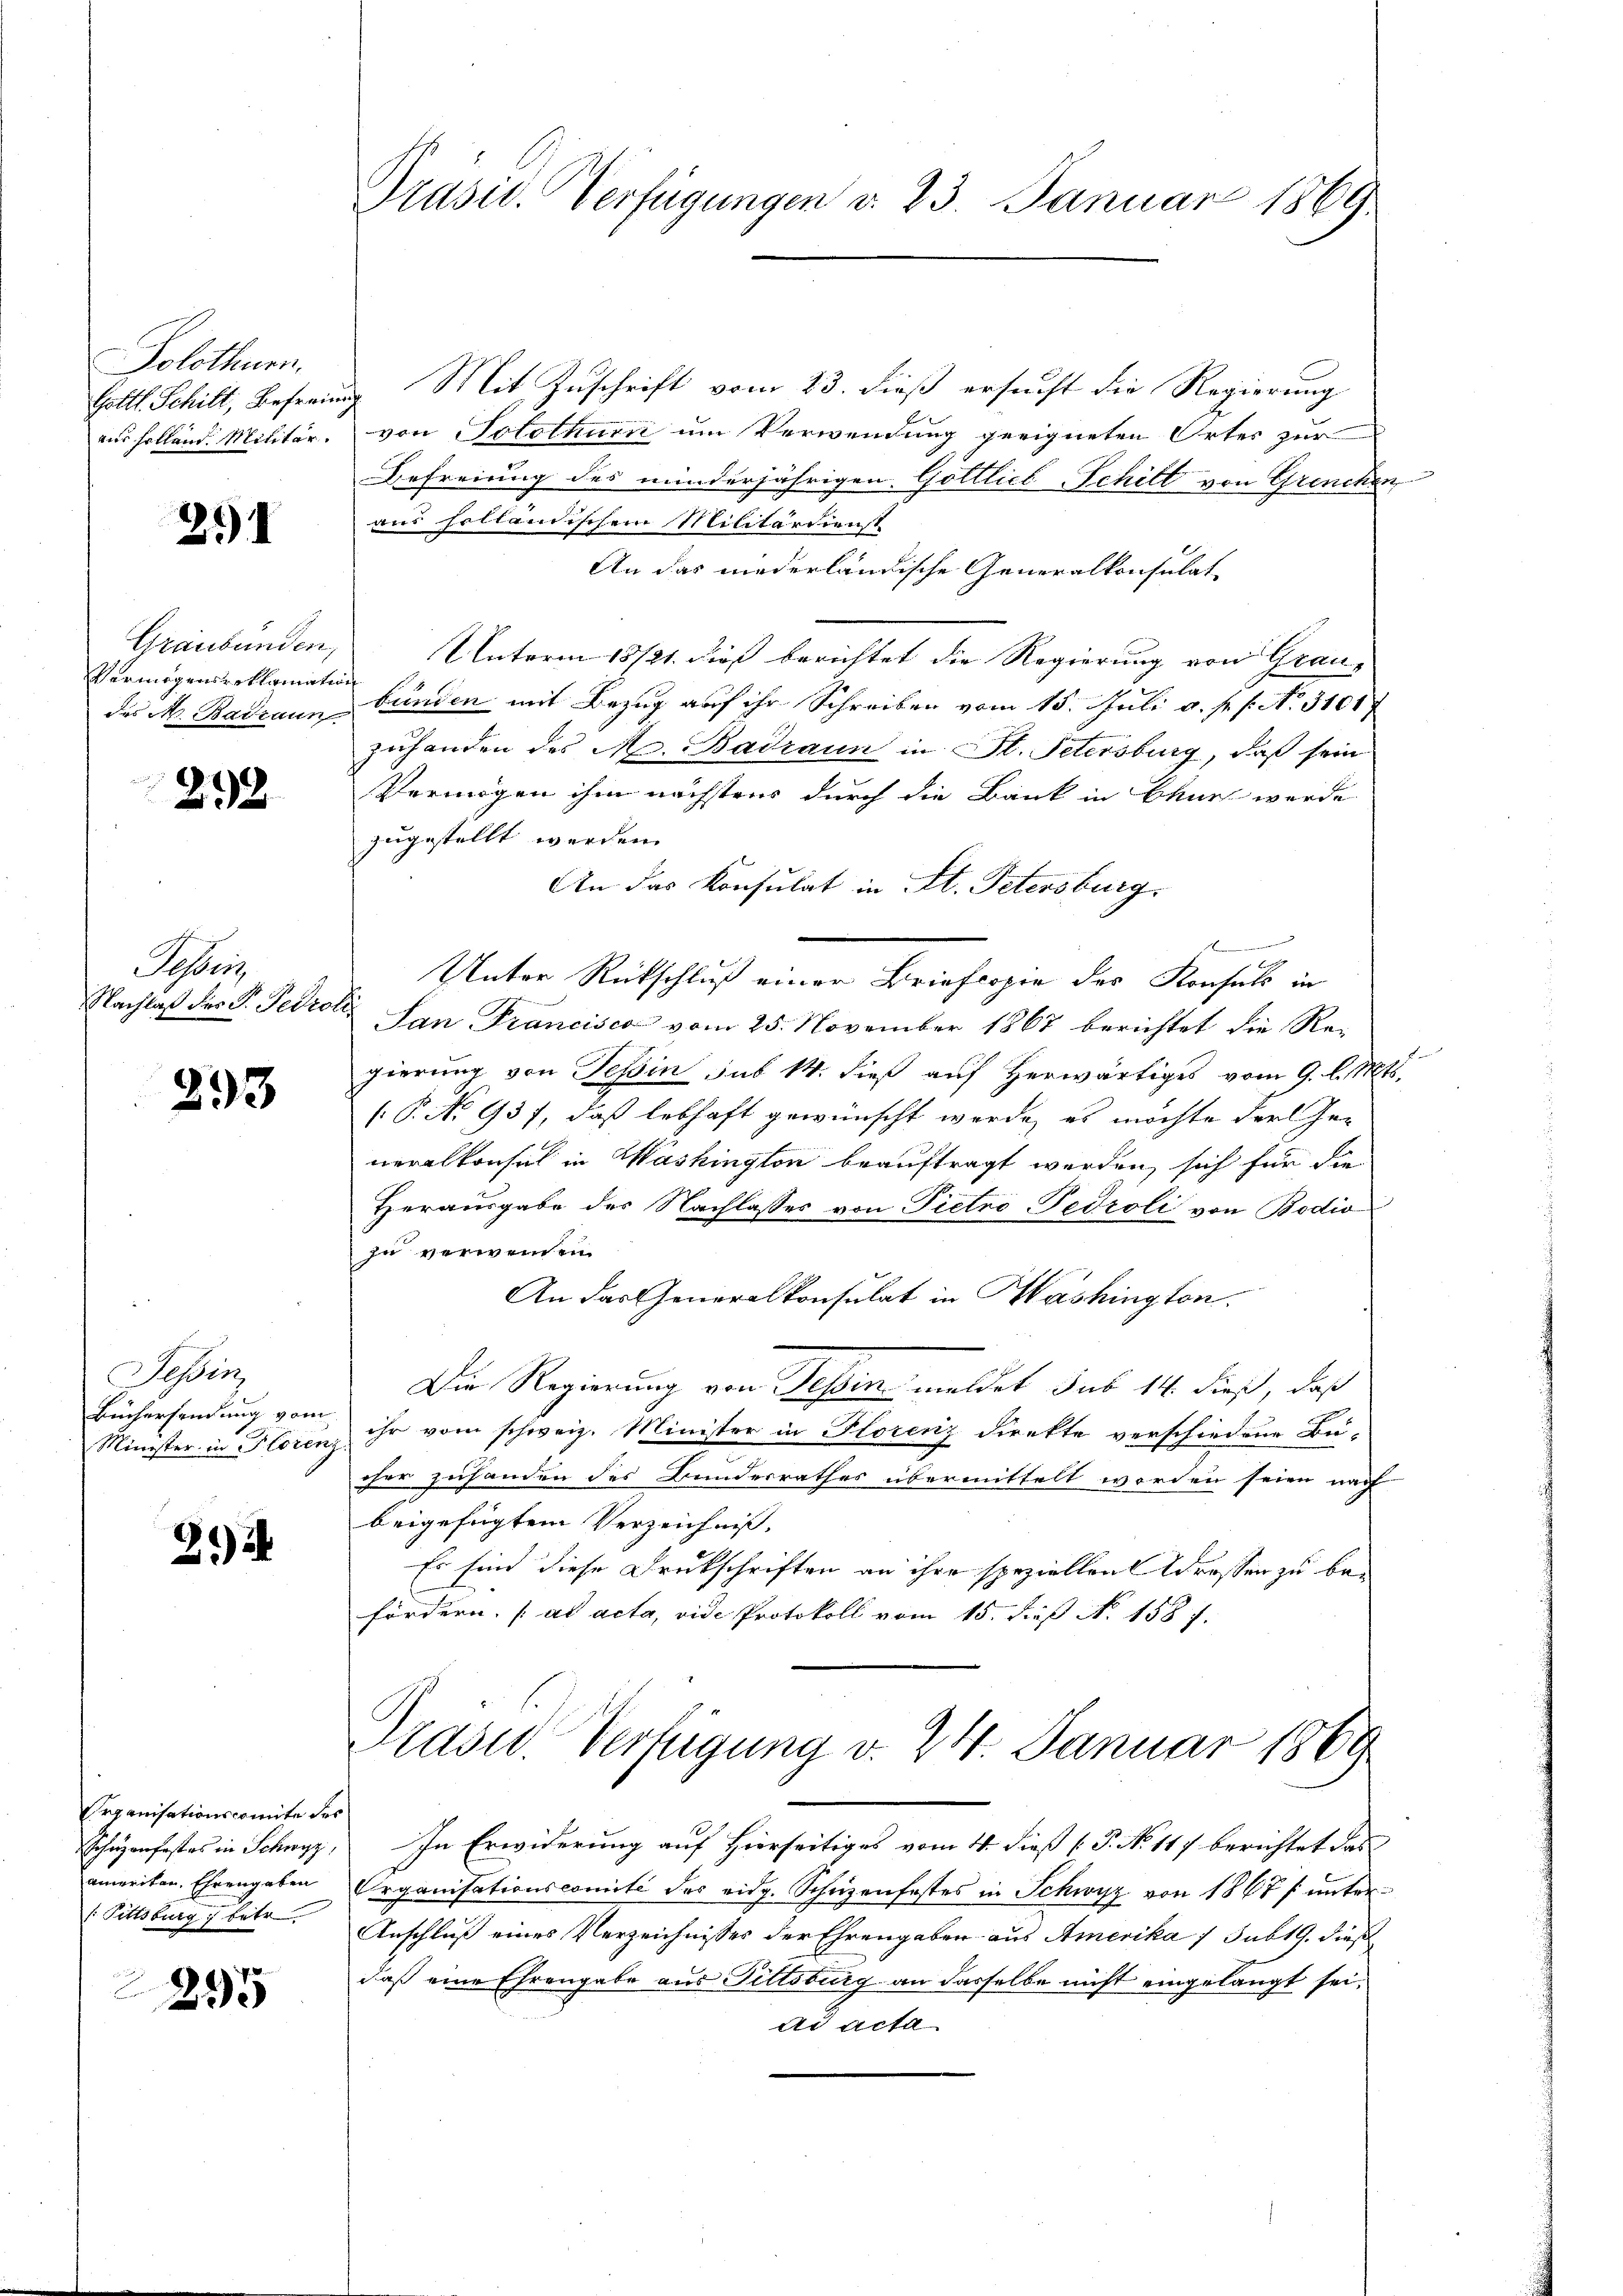
Solothurn.

291

Graubünden,
Vermögensreklamation

292

Sesser
Nachlaß des P. Petroli

293

Tessin,
Minister in Florenz

29 i

Organisationscomite der
cheanfast es in Schwyz,
ameriten, Ehrengaben
/ Pittsburg betr.

295

Gottl. Schilt, Beferung Mit Zuschrift vom 23. dieß ersucht die Regierung
aus hollend Militär, von Solothur um Verwendung geeigneten Ortes zur
Befreiung des minderjährigen. Gottlieb Schilt von Grenchen
aus holländischem Militärdienst
An das niederländische Generalkonsulat
Unterm 18/21. dieß berichtet die Regierung von Graudes N. Badzaun Bunden mit Bezug auf ihr Schreiben vom 15. Juli a. p. s. N. 3101
zuhanden des N. adraun in St. Petersburg, daß sein
Vermögen ihm nächstens durch die Bank in Chur werde
zugestellt werden.
An das Konsulat in St. Petersburg.
Unter Rückschluß einer Briefcopie des Konsuls in
San Francisca vom 25. November 1867 berichtet die Regierung von Tessin sub 14. dieß auf Herwärtiges vom 9. l. Mts.
(P. No 937, daß lebhaft gewünscht werde, es möchte der Generalkonsul in Washington beauftragt werden, sich für die
Herausgabe der Nachlasses von Pietro-Pedroli von Bodio
zu verwenden.
An das Generalkonsulat in Washington.
Die Regierung von Tessin meldet sub 14. dieß, daß
Büchersendung vom ihr vom schweiz. Minister in Florenz direkte verschiedene Bü-
ohne zuhanden des Bundesrathes übermittelt worden seien nach
beigefügtem Verzeichnis.
Es sind diese Druckschriften an ihre speziellen Grossen zu befördern. ad acta, vide Protokoll vom 15. dieß N. 158 f.

Präsid. Verfügungen d. 23. Januar 1869.

mnen sind ein

Prast. Verfügung v. 24. Januar 1869

In Erwiderung auf Hierseitiges vom 4. dieß (P. No 117 berichtet das
Organisationscomité des eidg. Schüzenfestes in Schwyz von 1867 f. unter¬
Anschluß eines Verzeichnisses der Ehrengaben aus Amerika 1 sub 19. dieß
daß eine Ehrengabe aus Pittsburg an dasselbe nicht eingelangt sei,
ad acta